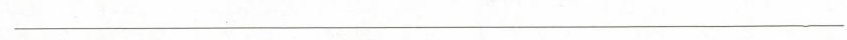
___